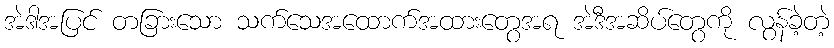
အဲဒါအပြင် တခြားသော သက်သေအထောက်အထားတွေအရ အဲဒီအဆိပ်တွေကို လွန်ခဲ့တဲ့